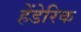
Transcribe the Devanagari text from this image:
हेंडेरिक